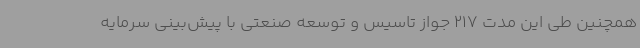
همچنین طی این مدت 217 جواز تاسیس و توسعه صنعتی با پیش‌بینی سرمایه